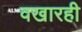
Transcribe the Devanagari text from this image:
वखारही